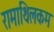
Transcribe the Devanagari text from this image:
रामाथिलकम